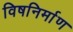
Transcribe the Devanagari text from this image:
विषनिर्माण